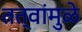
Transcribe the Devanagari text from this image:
तत्वांमुळे